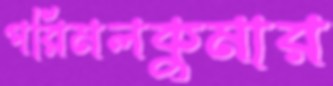
পরিমলকুমার